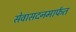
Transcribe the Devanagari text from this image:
सेवासदनमार्फत